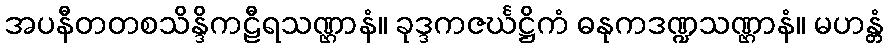
အပနီတတစသိန္ဒိကဠီရသဏ္ဌာနံ။ ခုဒ္ဒကဇင်္ဃဋ္ဌိကံ ဓနုကဒဏ္ဍသဏ္ဌာနံ။ မဟန္တံ